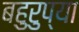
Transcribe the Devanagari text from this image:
बहुरुप्या